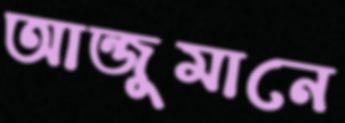
আন্জুমানে